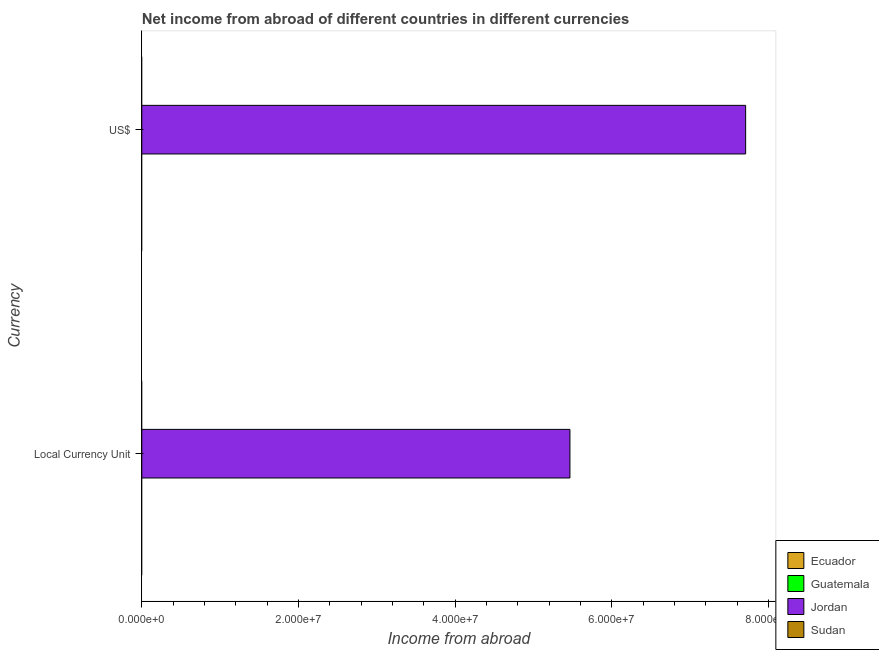
| Currency | Ecuador | Guatemala | Jordan | Sudan |
 | --- | --- | --- | --- | --- |
 | Local Currency Unit | -1.25e+09 | -2.15e+09 | 5.47e+07 | -2.49e+09 |
 | US$ | -1.25e+09 | -2.75e+08 | 7.71e+07 | -9.46e+08 |